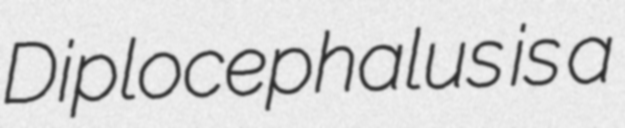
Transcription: Diplocephalus is a